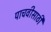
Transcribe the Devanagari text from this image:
पाचवीसाठी